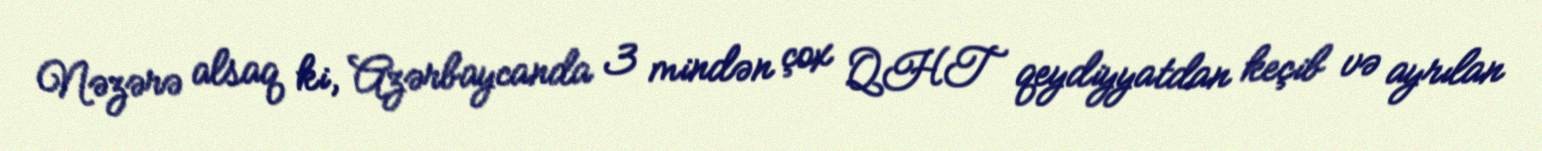
Nəzərə alsaq ki, Azərbaycanda 3 mindən çox QHT qeydiyyatdan keçib və ayrılan